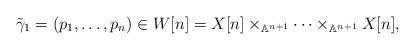
LaTeX: \begin{align*}\tilde \gamma_1 = (p_1,\dots ,p_n)\in W[n]= X[n]\times _{\mathbb A^{n+1}} \dots \times _{\mathbb A^{n+1}} X[n],\end{align*}